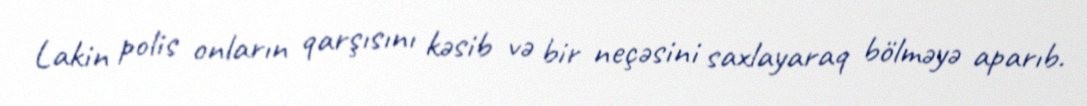
Lakin polis onların qarşısını kəsib və bir neçəsini saxlayaraq bölməyə aparıb.